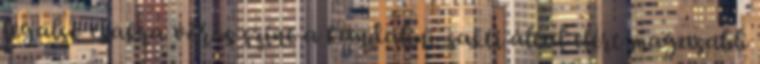
legalsó csakra vörös színe a kundaliní-sakti által elért magasabb